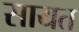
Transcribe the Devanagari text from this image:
सायत